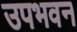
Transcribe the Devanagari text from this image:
उपभवन